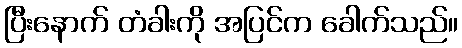
ပြီးနောက် တံခါးကို အပြင်က ခေါက်သည်။